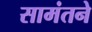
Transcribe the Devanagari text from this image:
सामंतने